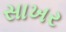
સાખર